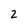
Character: 2